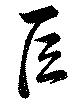
巨